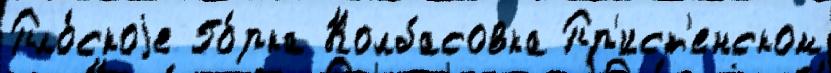
Пло́скоjе Го́рка Колбасовка Пр'ист'енском